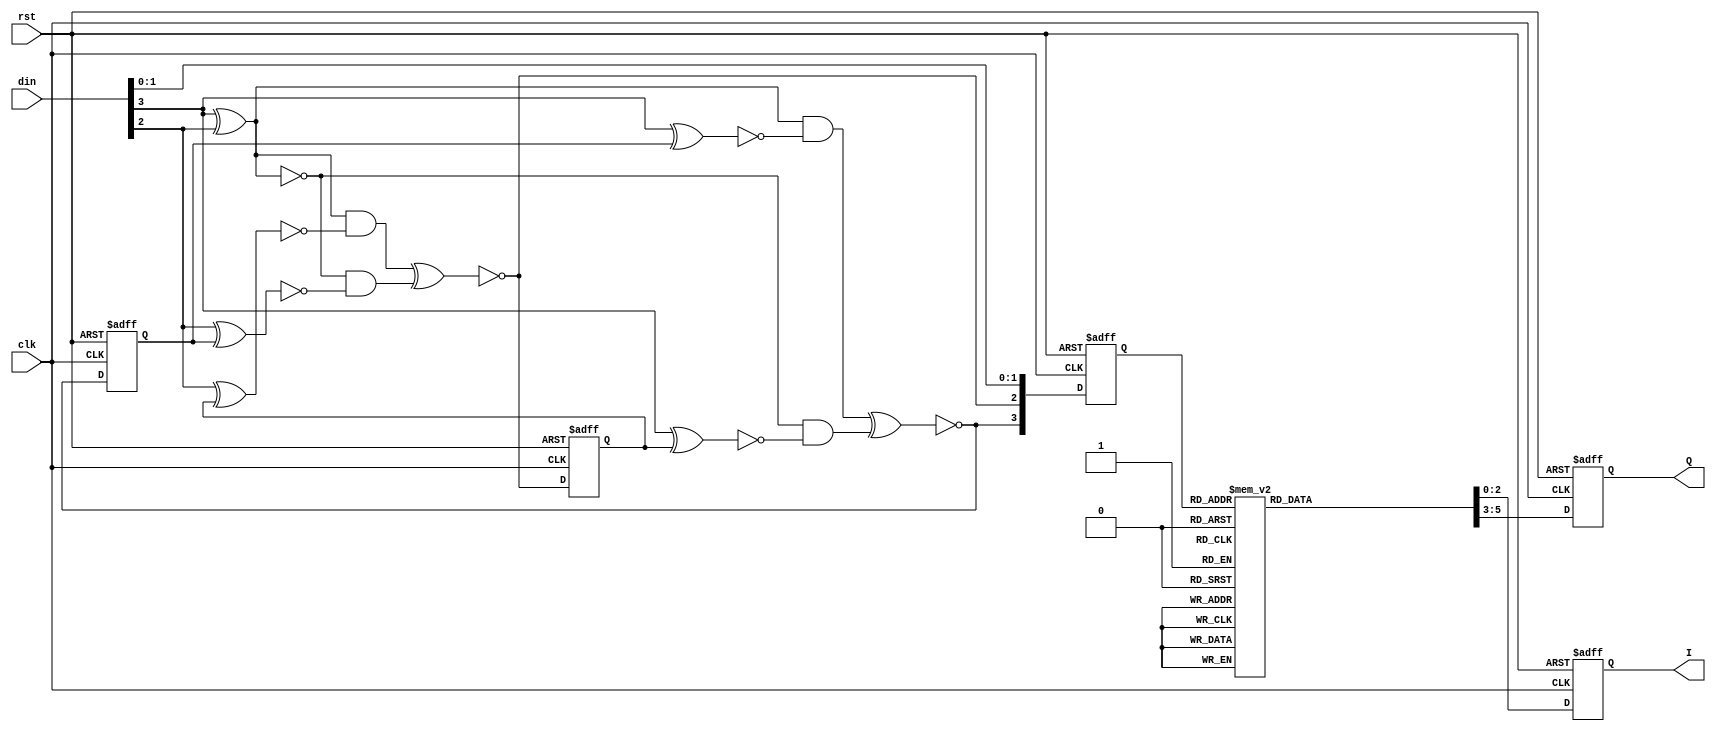
//CodeMap.v
module CodeMap (
	rst,clk,din,
	I,Q); 
	
	input		rst;       //
	input		clk;       //FPGA
	input	 [3:0]	din;  //
	output [2:0]	I,Q;  //

    //
	 wire c,d;
	 reg  Dc,Dd;
	 reg [3:0] code;
	 always @(posedge clk or posedge rst)
	    if (rst)
			begin
				Dc <= 1'b0;
				Dd <= 1'b0;
				code <= 2'd0;
			end
		else
		   begin
			   Dc <= c;
				Dd <= d;
				//4bit
				code <= {c,d,din[1:0]};
			end
	
	 wire d3xor2,d3xnordc,d3xnor2,d3xnordd;
	 assign d3xor2 = din[3]^din[2];
	 assign d3xnordc = !(din[3]^Dc);
	 assign d3xnor2 = !d3xor2;
	 assign d3xnordd = !(din[3]^Dd);
	 assign c = !((d3xor2 & d3xnordc) ^(d3xnor2 & d3xnordd));
	 
	 wire d2xnordd,d2xnordc;
	 assign d2xnordd = !(din[2]^Dd);
	 assign d2xnordc = !(din[2]^Dc);
	 assign d = !((d3xor2 & d2xnordd) ^(d3xnor2 & d2xnordc));
	 
				  
	 //
	 reg [2:0] it,qt;
	 always @(posedge clk or posedge rst)
	    if (rst)
			begin
				it <= 3'd0;
				qt <= 3'd0;
			end
		else
			case(code)
				4'd0:
					begin
						it <= 3'b011;
						qt <= 3'b011;
					end
				4'd1:
					begin
						it <= 3'b001;
						qt <= 3'b011;
					end			   
				4'd2:
					begin
						it <= 3'b011;
						qt <= 3'b001;
					end	
				4'd3:
					begin
						it <= 3'b001;
						qt <= 3'b001;
					end	
				4'd4:
					begin
						it <= 3'b101;
						qt <= 3'b011;
					end	
				4'd5:
					begin
						it <= 3'b101;
						qt <= 3'b001;
					end						
				4'd6:
					begin
						it <= 3'b111;
						qt <= 3'b011;
					end						
				4'd7:
					begin
						it <= 3'b111;
						qt <= 3'b001;
					end
				4'd8:
					begin
						it <= 3'b011;
						qt <= 3'b101;
					end
				4'd9:
					begin
						it <= 3'b011;
						qt <= 3'b111;
					end			   
				4'd10:
					begin
						it <= 3'b001;
						qt <= 3'b101;
					end	
				4'd11:
					begin
						it <= 3'b001;
						qt <= 3'b111;
					end	
				4'd12:
					begin
						it <= 3'b101;
						qt <= 3'b101;
					end	
				4'd13:
					begin
						it <= 3'b111;
						qt <= 3'b101;
					end						
				4'd14:
					begin
						it <= 3'b101;
						qt <= 3'b111;
					end						
				default:
					begin
						it <= 3'b111;
						qt <= 3'b111;
					end				   
			endcase
			
    assign I = it;
	 assign Q = qt;
	 
endmodule